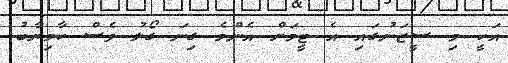
އަކީ މި ސީޒަނުގައި އެ ޓީމަށް އެންމެ ގިނަ ގޯލު ވެސް ކާމިޔާބު